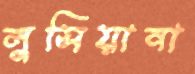
লুসিয়ানা